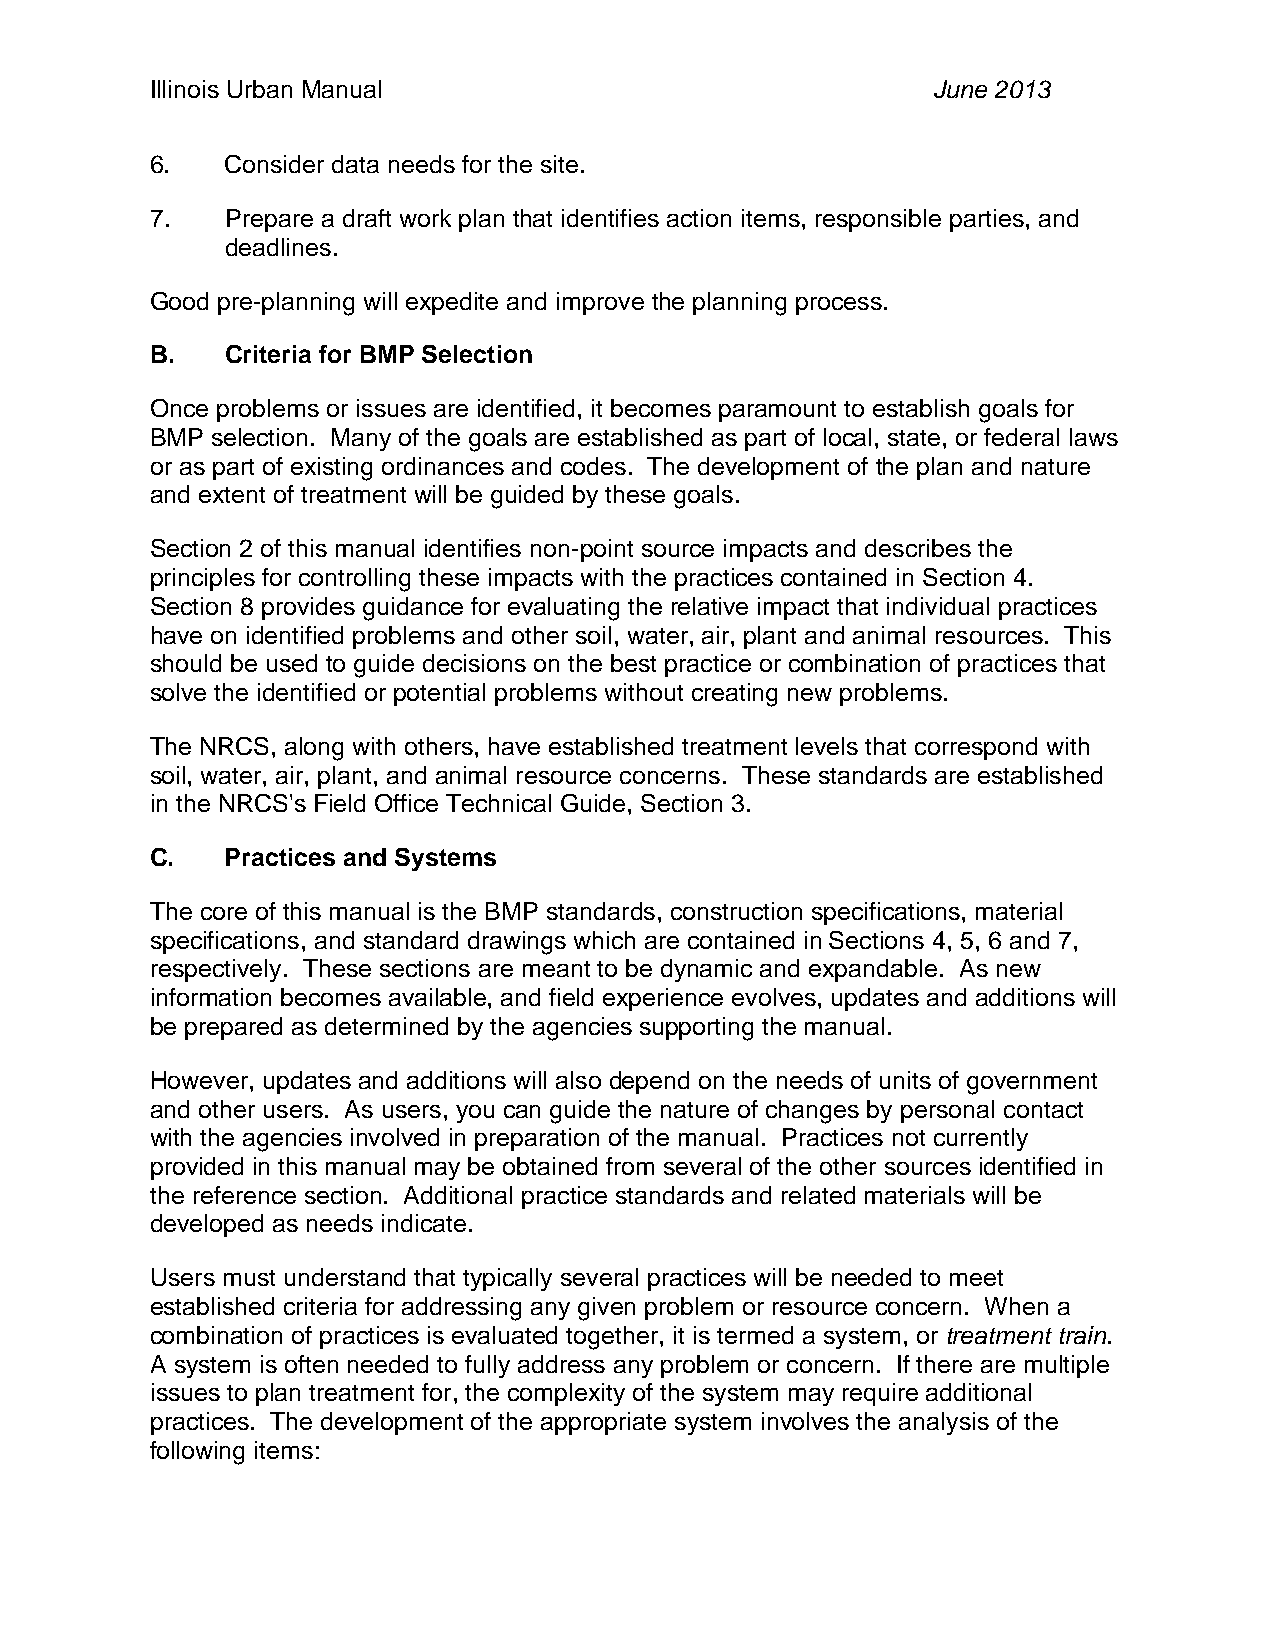
Illinois Urban Manual                               June 2013
 6.   Consider data needs for the site.
 7.   Prepare a draft work plan that identifies action items, responsible parties, and
 deadlines.
 Good pre-planning will expedite and improve the planning process.
 B.   Criteria for BMP Selection
 Once problems or issues are identified, it becomes paramount to establish goals for
 BMP selection. Many of the goals are established as part of local, state, or federal laws
 or as part of existing ordinances and codes. The development of the plan and nature
 and extent of treatment will be guided by these goals.
 Section 2 of this manual identifies non-point source impacts and describes the
 principles for controlling these impacts with the practices contained in Section 4.
 Section 8 provides guidance for evaluating the relative impact that individual practices
 have on identified problems and other soil, water, air, plant and animal resources. This
 should be used to guide decisions on the best practice or combination of practices that
 solve the identified or potential problems without creating new problems.
 The NRCS, along with others, have established treatment levels that correspond with
 soil, water, air, plant, and animal resource concerns. These standards are established
 in the NRCS's Field Office Technical Guide, Section 3.
 C.   Practices and Systems
 The core of this manual is the BMP standards, construction specifications, material
 specifications, and standard drawings which are contained in Sections 4, 5, 6 and 7,
 respectively. These sections are meant to be dynamic and expandable. As new
 information becomes available, and field experience evolves, updates and additions will
 be prepared as determined by the agencies supporting the manual.
 However, updates and additions will also depend on the needs of units of government
 and other users. As users, you can guide the nature of changes by personal contact
 with the agencies involved in preparation of the manual. Practices not currently
 provided in this manual may be obtained from several of the other sources identified in
 the reference section. Additional practice standards and related materials will be
 developed as needs indicate.
 Users must understand that typically several practices will be needed to meet
 established criteria for addressing any given problem or resource concern. When a
 combination of practices is evaluated together, it is termed a system, or treatment train.
 A system is often needed to fully address any problem or concern. If there are multiple
 issues to plan treatment for, the complexity of the system may require additional
 practices. The development of the appropriate system involves the analysis of the
 following items: